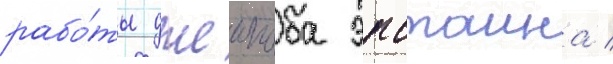
рабо́ты джеикоба эпстаина /